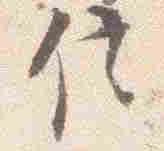
信